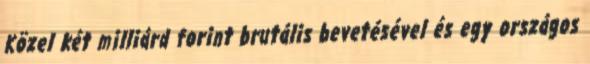
Közel két milliárd forint brutális bevetésével és egy országos